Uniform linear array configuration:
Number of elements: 8
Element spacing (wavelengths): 0.25
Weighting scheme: hann
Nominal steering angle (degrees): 30
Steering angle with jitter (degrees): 28.51
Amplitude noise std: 0.05
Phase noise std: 0.05

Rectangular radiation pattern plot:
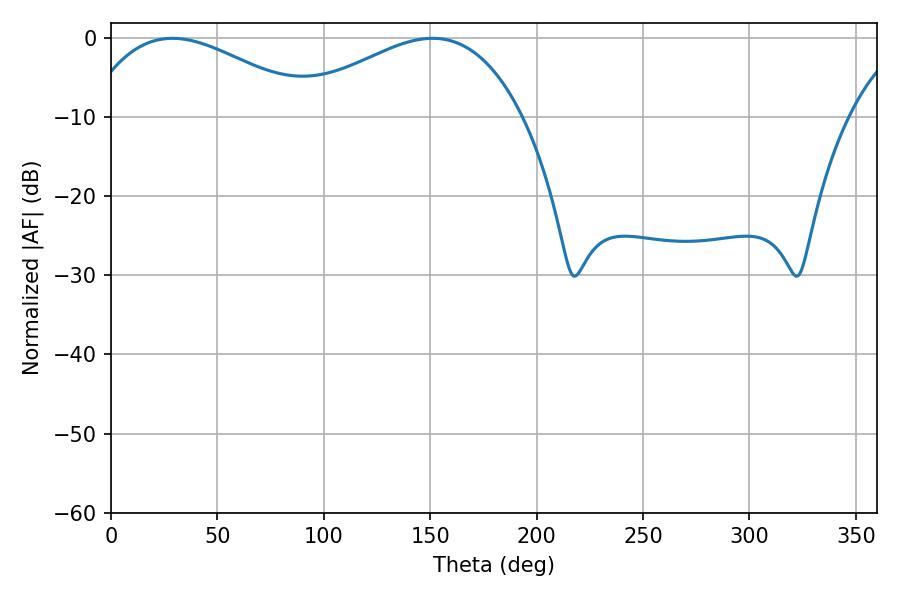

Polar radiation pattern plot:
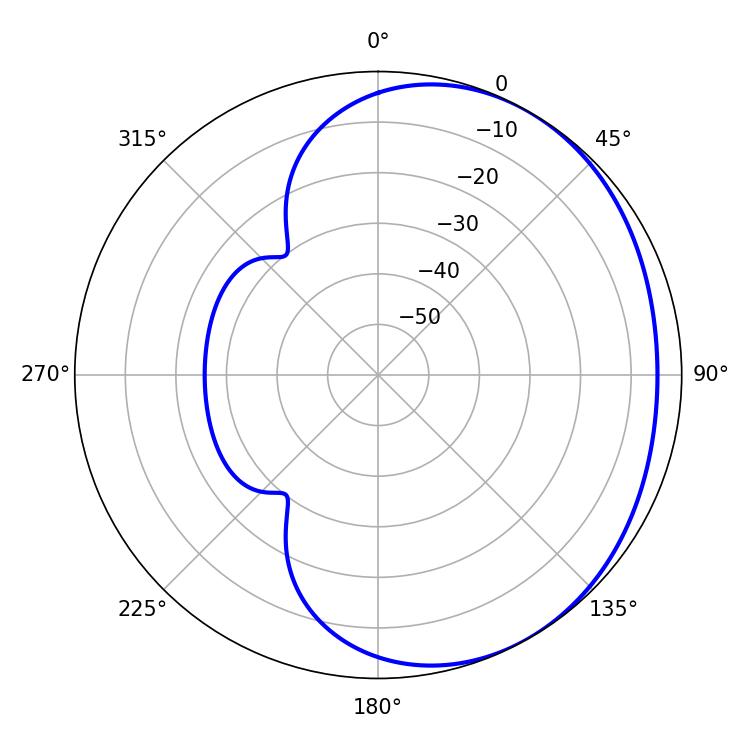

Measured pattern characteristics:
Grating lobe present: FALSE
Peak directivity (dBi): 2.246
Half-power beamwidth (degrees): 59.58
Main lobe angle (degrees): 28.8